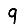
Digit: 9